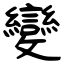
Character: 變